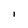
Character: I